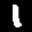
Label: 1